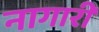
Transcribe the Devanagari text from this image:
नागारी